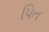
પિત